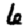
Digit: 6